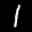
Label: 1